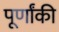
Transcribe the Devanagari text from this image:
पूर्णांकी